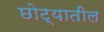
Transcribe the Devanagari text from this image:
छोट्यातील